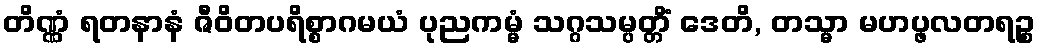
တိဏ္ဏံ ရတနာနံ ဇီဝိတပရိစ္စာဂမယံ ပုညကမ္မံ သဂ္ဂသမ္ပတ္တိံ ဒေတိ, တသ္မာ မဟပ္ဖလတရဉ္စ